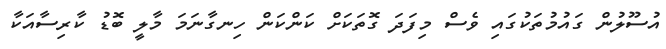
އުސޫލުން ގައުމުތަކުގައި ވެސް މިފަދަ ގޮތަކަށް ކަންކަން ހިނގާނަމަ މާލީ ބޮޑު ކާރިސާއަކާ